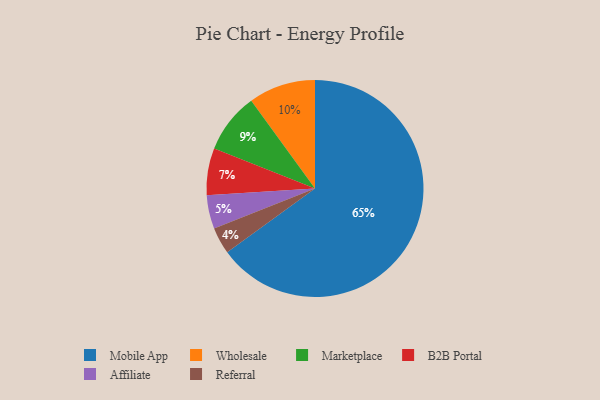
{"axis": {"x": "Category", "y": "Percentage"}, "legend": ["Affiliate", "B2B Portal", "Marketplace", "Mobile App", "Referral", "Wholesale"], "data": [{"x": "Affiliate", "y": 5, "type": "Affiliate"}, {"x": "Marketplace", "y": 9, "type": "Marketplace"}, {"x": "Wholesale", "y": 10, "type": "Wholesale"}, {"x": "Mobile App", "y": 65, "type": "Mobile App"}, {"x": "B2B Portal", "y": 7, "type": "B2B Portal"}, {"x": "Referral", "y": 4, "type": "Referral"}]}